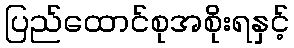
ပြည်ထောင်စုအစိုးရနှင့်